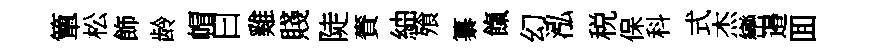
簞松飾龄帽曰雞賤陡賚紬飱纂餼幻泓税保科式杰巒邉囬